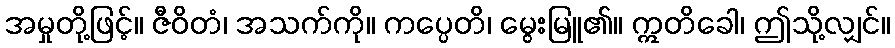
အမှုတို့ဖြင့်။ ဇီဝိတံ၊ အသက်ကို။ ကပ္ပေတိ၊ မွေးမြူ၏။ ဣတိခေါ၊ ဤသို့လျှင်။